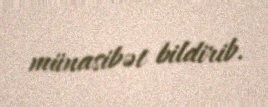
münasibət bildirib.